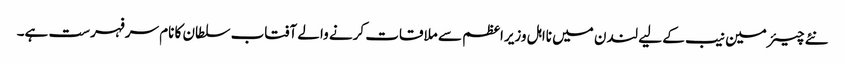
نئے چیئرمین نیب کے لیے لندن میں نااہل وزیراعظم سے ملاقات کرنے والے آفتاب سلطان کا نام سرفہرست ہے۔